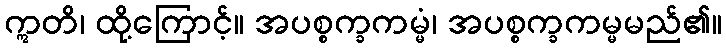
ဣတိ၊ ထို့ကြောင့်။ အပစ္စက္ခကမ္မံ၊ အပစ္စက္ခကမ္မမည်၏။